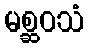
မစ္ဆဝသံ